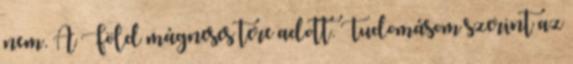
nem. A Föld mágneses tere adott. Tudomásom szerint az